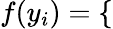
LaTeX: f(y_{i})=\left\{ \begin{array}{rlr}\end{array}\right.